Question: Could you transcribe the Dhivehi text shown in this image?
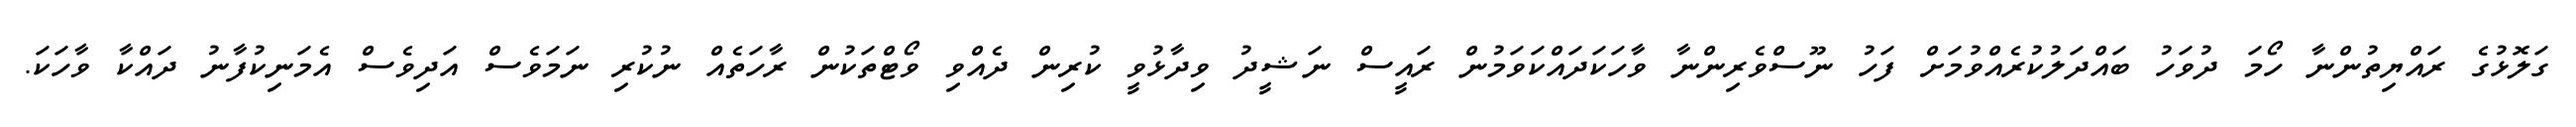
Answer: ގަލޮޅުގެ ރައްޔިތުންނާ ހޯމަ ދުވަހު ބައްދަލުކުރެއްވުމަށް ފަހު ނޫސްވެރިންނާ ވާހަކަދައްކަވަމުން ރައީސް ނަޝީދު ވިދާޅުވީ ކުރިން ދެއްވި ވޯޓްތަކުން ރާހަތެއް ނުކުރި ނަމަވެސް އަދިވެސް އެމަނިކުފާނު ދައްކާ ވާހަކަ.